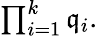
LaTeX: \textstyle\prod_{i=1}^{k}\mathfrak{q}_{i}.